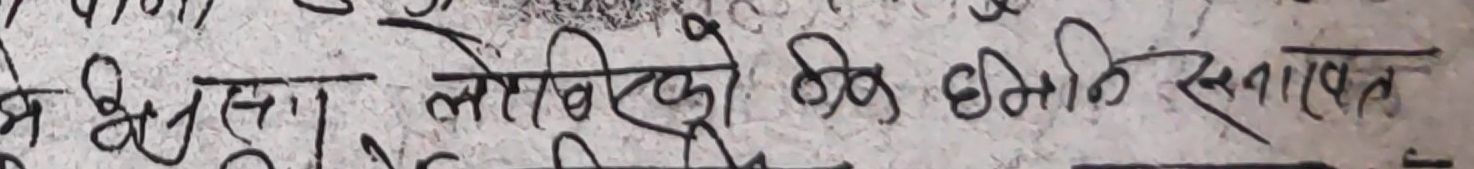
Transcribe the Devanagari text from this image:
भुसना लोबिकौ को छेमिति सनाखत